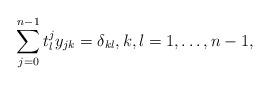
LaTeX: \begin{align*} \sum_{j=0}^{n-1}t_l^jy_{jk}=\delta_{kl}, k,l=1,\dots, n-1,\end{align*}